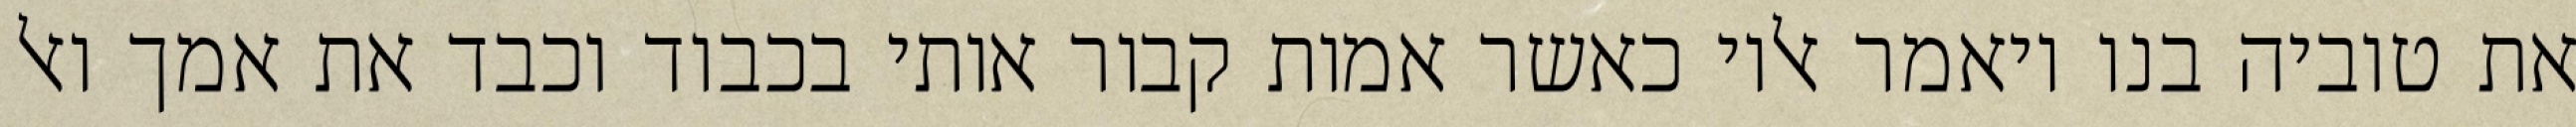
את טוביה בנו ויאמר אליו כאשר אמות קבור אותי בכבוד וכבד את אמך ואל